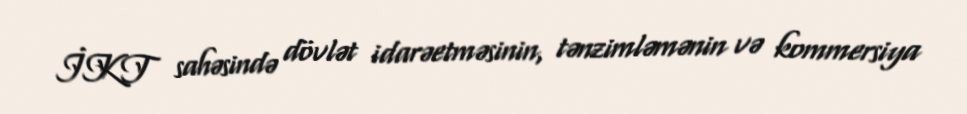
İKT sahəsində dövlət idarəetməsinin, tənzimləmənin və kommersiya